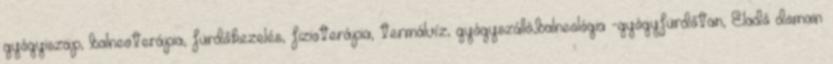
gyógyiszap, balneoterápia, fürdőkezelés, fizioterápia, termálvíz, gyógyszálló,balneológia -gyógyfürdőtan, Eladó domain